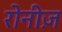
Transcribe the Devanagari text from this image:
रोनीज़